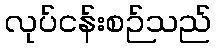
လုပ်ငန်းစဉ်သည်